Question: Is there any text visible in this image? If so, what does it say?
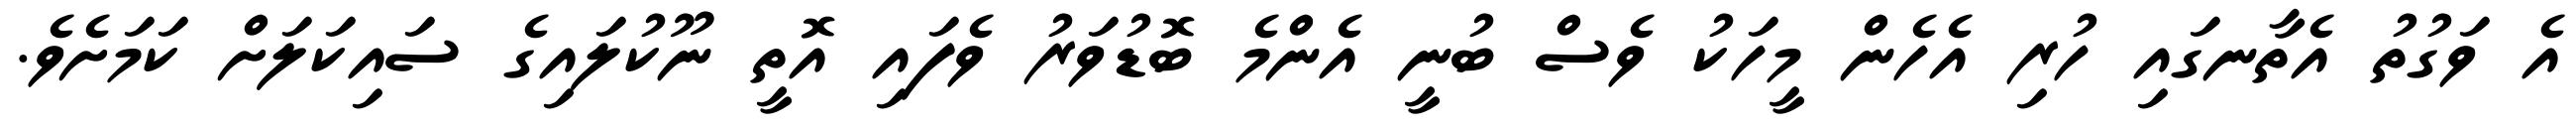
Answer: އެ ވަގުތު އެތާނގައި ހުރި އެހެން މީހަކު ވެސް ބުނީ އެންމެ ބޮޑުވަރު ވެފައި އޮތީ ނޫކުލައިގެ ސައިކަލަށް ކަމަށެވެ.